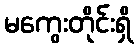
မကွေးတိုင်းရှိ